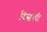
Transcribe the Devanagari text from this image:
दिस्चस्पी